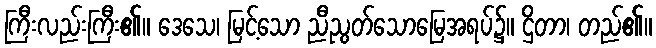
ကြီးလည်းကြီး၏။ ဒေသေ၊ မြင့်သော ညီညွတ်သောမြေအရပ်၌။ ဌိတာ၊ တည်၏။